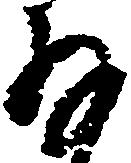
存